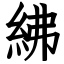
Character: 紼